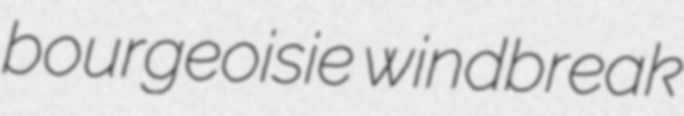
bourgeoisie windbreak